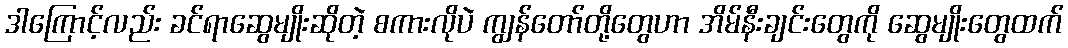
ဒါကြောင့်လည်း ခင်ရာဆွေမျိုးဆိုတဲ့ စကားလိုပဲ ကျွန်တော်တို့တွေဟာ အိမ်နီးချင်းတွေကို ဆွေမျိုးတွေထက်